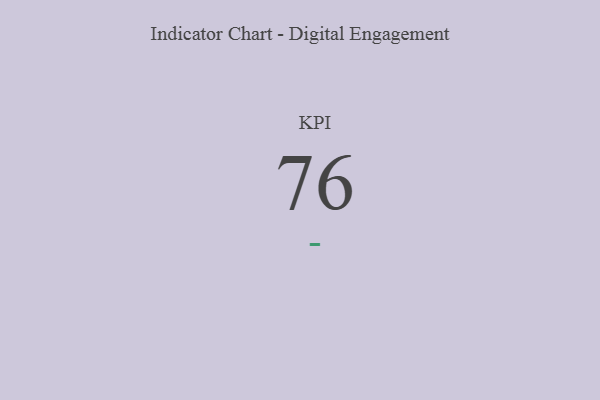
{"axis": {"x": "KPI", "y": "Value"}, "legend": [""], "data": [{"x": "KPI", "y": 76, "type": ""}]}